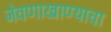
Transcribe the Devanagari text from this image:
जेवणाखाण्याचा